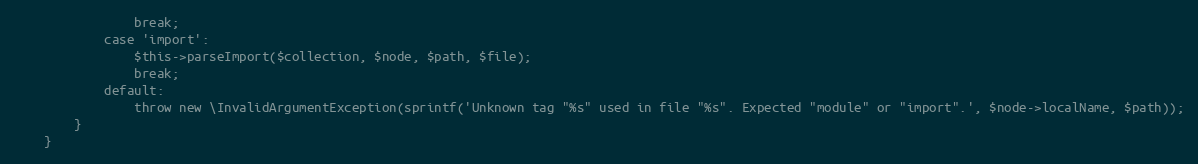
Language: PHP
                break;
            case 'import':
                $this->parseImport($collection, $node, $path, $file);
                break;
            default:
                throw new \InvalidArgumentException(sprintf('Unknown tag "%s" used in file "%s". Expected "module" or "import".', $node->localName, $path));
        }
    }